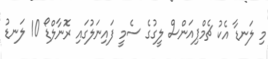
މި ލަނޑާ އެކު ޗެމްޕިއަންސް ލީގުގެ ސެމީ ފައިނަލުގައި ރޮނާލްޑޯ 10 ލަނޑު